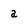
Character: a